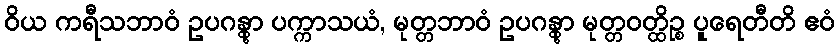
ဝိယ ကရီသဘာဝံ ဥပဂန္တွာ ပက္ကာသယံ, မုတ္တဘာဝံ ဥပဂန္တွာ မုတ္တဝတ္ထိဉ္စ ပူရေတီတိ ဧဝံ